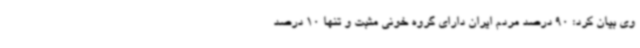
وی بیان کرد: 90 درصد مردم ایران دارای گروه خونی مثبت و تنها 10 درصد